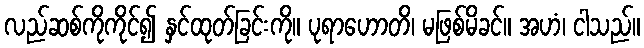
လည်ဆစ်ကိုကိုင်၍ နှင်ထုတ်ခြင်းကို။ ပုရာဟောတိ၊ မဖြစ်မိခင်။ အဟံ၊ ငါသည်။